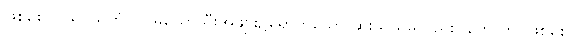
ဖြစ်စေ။) ယဝသူကံ ဝါ၊ မုယောသီးအဖျား၌ရောက်သော ဆူးသည်မူလည်း။ ဟောတု၊ ဖြစ်စေ။